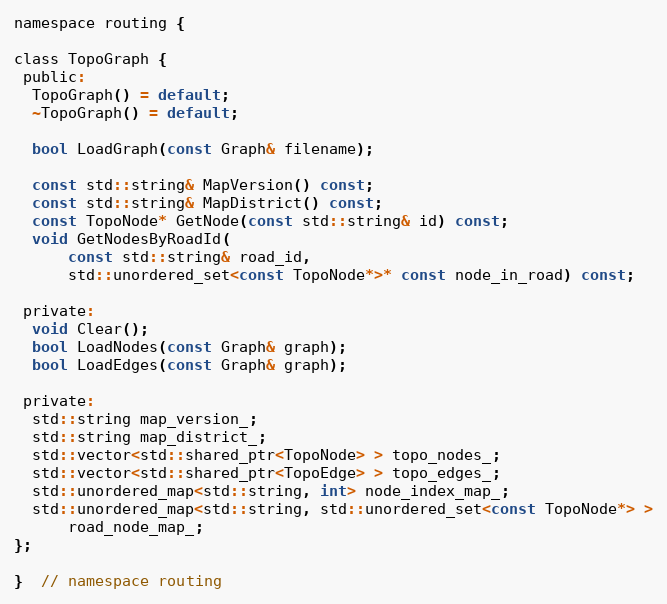
Language: C
namespace routing {

class TopoGraph {
 public:
  TopoGraph() = default;
  ~TopoGraph() = default;

  bool LoadGraph(const Graph& filename);

  const std::string& MapVersion() const;
  const std::string& MapDistrict() const;
  const TopoNode* GetNode(const std::string& id) const;
  void GetNodesByRoadId(
      const std::string& road_id,
      std::unordered_set<const TopoNode*>* const node_in_road) const;

 private:
  void Clear();
  bool LoadNodes(const Graph& graph);
  bool LoadEdges(const Graph& graph);

 private:
  std::string map_version_;
  std::string map_district_;
  std::vector<std::shared_ptr<TopoNode> > topo_nodes_;
  std::vector<std::shared_ptr<TopoEdge> > topo_edges_;
  std::unordered_map<std::string, int> node_index_map_;
  std::unordered_map<std::string, std::unordered_set<const TopoNode*> >
      road_node_map_;
};

}  // namespace routing